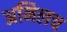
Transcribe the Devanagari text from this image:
अनिलच